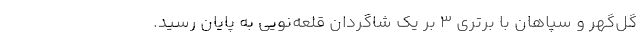
گل‌گهر و سپاهان با برتری ۳ بر یک شاگردان قلعه‌نویی به پایان رسید.